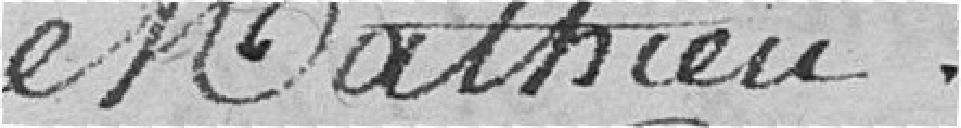
Mathieu.